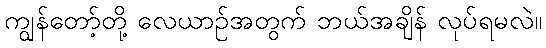
ကျွန်တော့်တို့ လေယာဉ်အတွက် ဘယ်အချိန် လုပ်ရမလဲ။